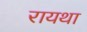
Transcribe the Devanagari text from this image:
रायथा